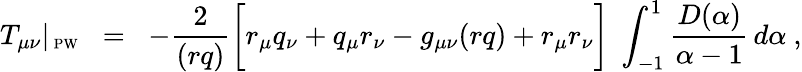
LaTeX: T_{\mu\nu}|_{\mathrm{\scriptsize~PW}}\; \; =\; \; -\frac{2}{(rq)}\biggl[r_{\mu}q_{\nu}+q_{\mu}r_{\nu}-g_{\mu\nu}(rq)+r_{\mu}r_{\nu}\biggr]\; \int_{-1}^{1}\frac{D(\alpha)}{\alpha-1}\, d\alpha\ ,